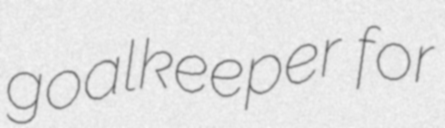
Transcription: goalkeeper for